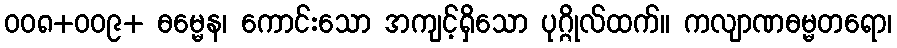
ဝဝ၈+ဝဝ၉+ ဓမ္မေန၊ ကောင်းသော အကျင့်ရှိသော ပုဂ္ဂိုလ်ထက်။ ကလျာဏဓမ္မတရော၊